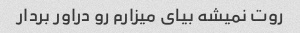
روت نمیشه بیای میزارم رو دراور بردار